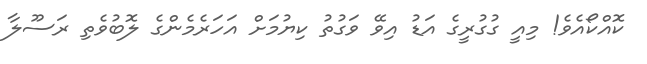
ކޮއްކޯއެވެ! މިއީ ގުގުރީގެ އަޑު އިވޭ ވަގުތު ކިޔުމަށް އަހަރެމެންގެ ލޮބުވެތި ރަސޫލާ